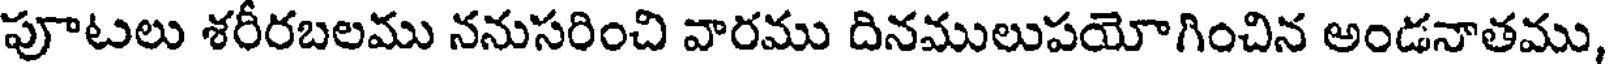
పూటలు శరీరబలము ననుసరించి వారము దినములుపయోగించిన అండనాతము,